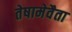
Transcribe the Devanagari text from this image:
तेषामेवैता